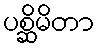
ပစ္ဆိမိတာ